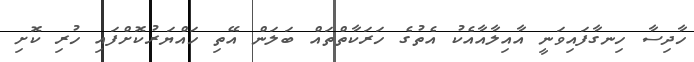
ހާދިސާ ހިނގާފައިވަނީ އާއިލާއާއެކު އެތުގެ ހަރަކާތްތައް ބަލަން އޭތި ހައްޔަރުކޮށްފައި ހުރި ކޮށި